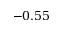
- 0 . 5 5